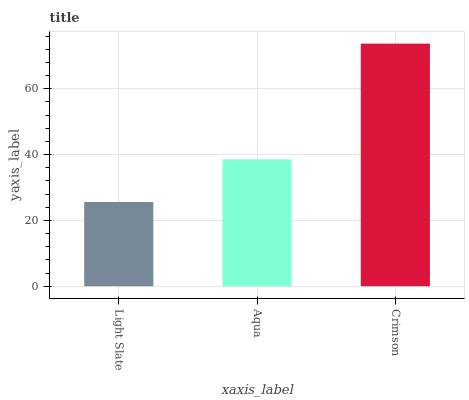
| xaxis_label | bars |
 | --- | --- |
 | Light Slate | 25.6 |
 | Aqua | 38.6 |
 | Crimson | 73.7 |